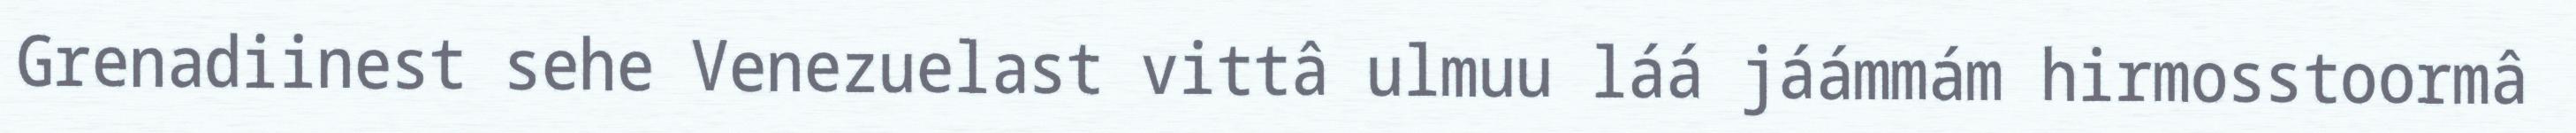
Grenadiinest sehe Venezuelast vittâ ulmuu láá jáámmám hirmosstoormâ